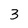
Character: 3